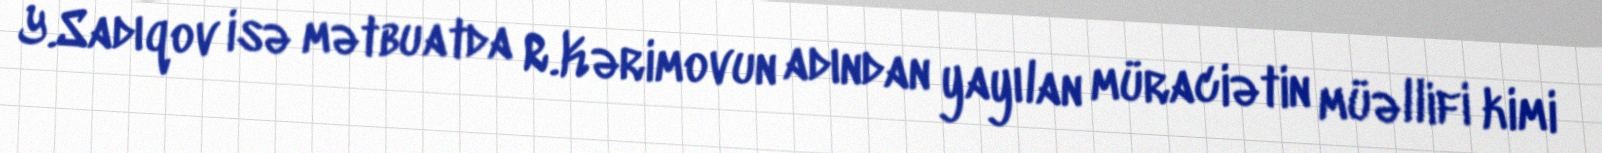
Y.Sadıqov isə mətbuatda R.Kərimovun adından yayılan müraciətin müəllifi kimi